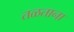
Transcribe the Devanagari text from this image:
तळताना